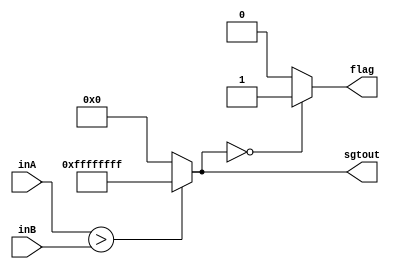
module SGT(inA, inB, sgtout, flag);
    input [31:0] inA;
    input [31:0] inB;
    output reg [31:0] sgtout;
    output reg flag;
    
    always@(*) begin
        sgtout = ($signed(inA)>$signed(inB))?32'b11111111111111111111111111111111:32'b0;
        if(sgtout==0)
            flag = 1;
        else
            flag = 0;
    end
endmodule